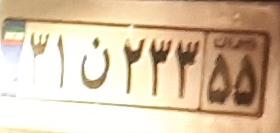
۳۱ن۲۳۳۵۵